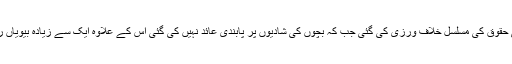
ریاست میں بچیوں کے انسانی حقوق کی مسلسل خلاف ورزی کی گئی جب کہ بچوں کی شادیوں پر پابندی عائد نہیں کی گئی اس کے علاوہ ایک سے زیادہ بیویاں رکھنے کا سلسلہ بھی رائج تھا۔